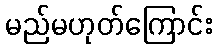
မည်မဟုတ်ကြောင်း